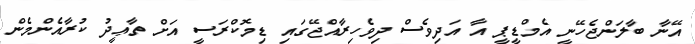
އޭނާ ބާލަންޖެހޭނީ އެމްޑީޕީ އާ އަދިވެސް ދިވެހިރާއްޖޭގައި ޑިމޮކްރަސީ އަށް ތާޢީދު ކުރާއެންމެން